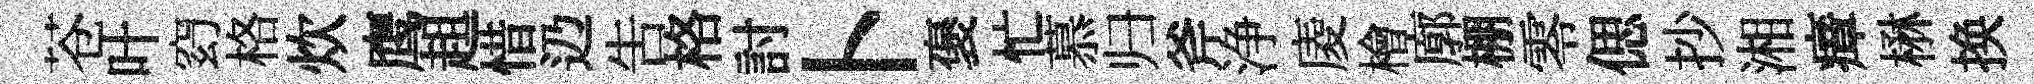
苍叶𥥆格炊鹰趄惜辸告格討卜褒忙慕归斧浄庱檜廓棚零偲抄湘瘴楙换